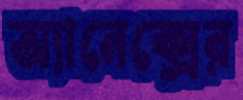
অ্যানেক্সের